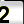
Digit: 2